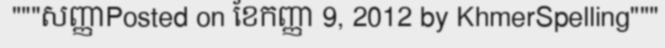
"""សញ្ញាPosted on ខែកញ្ញា 9, 2012 by KhmerSpelling"""